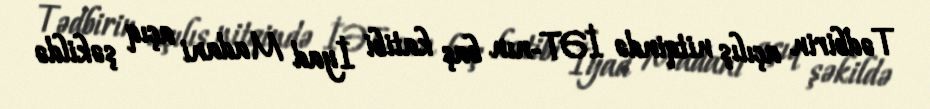
Tədbirin açılış nitqində İƏT-nın baş katibi İyad Madani açıq şəkildə